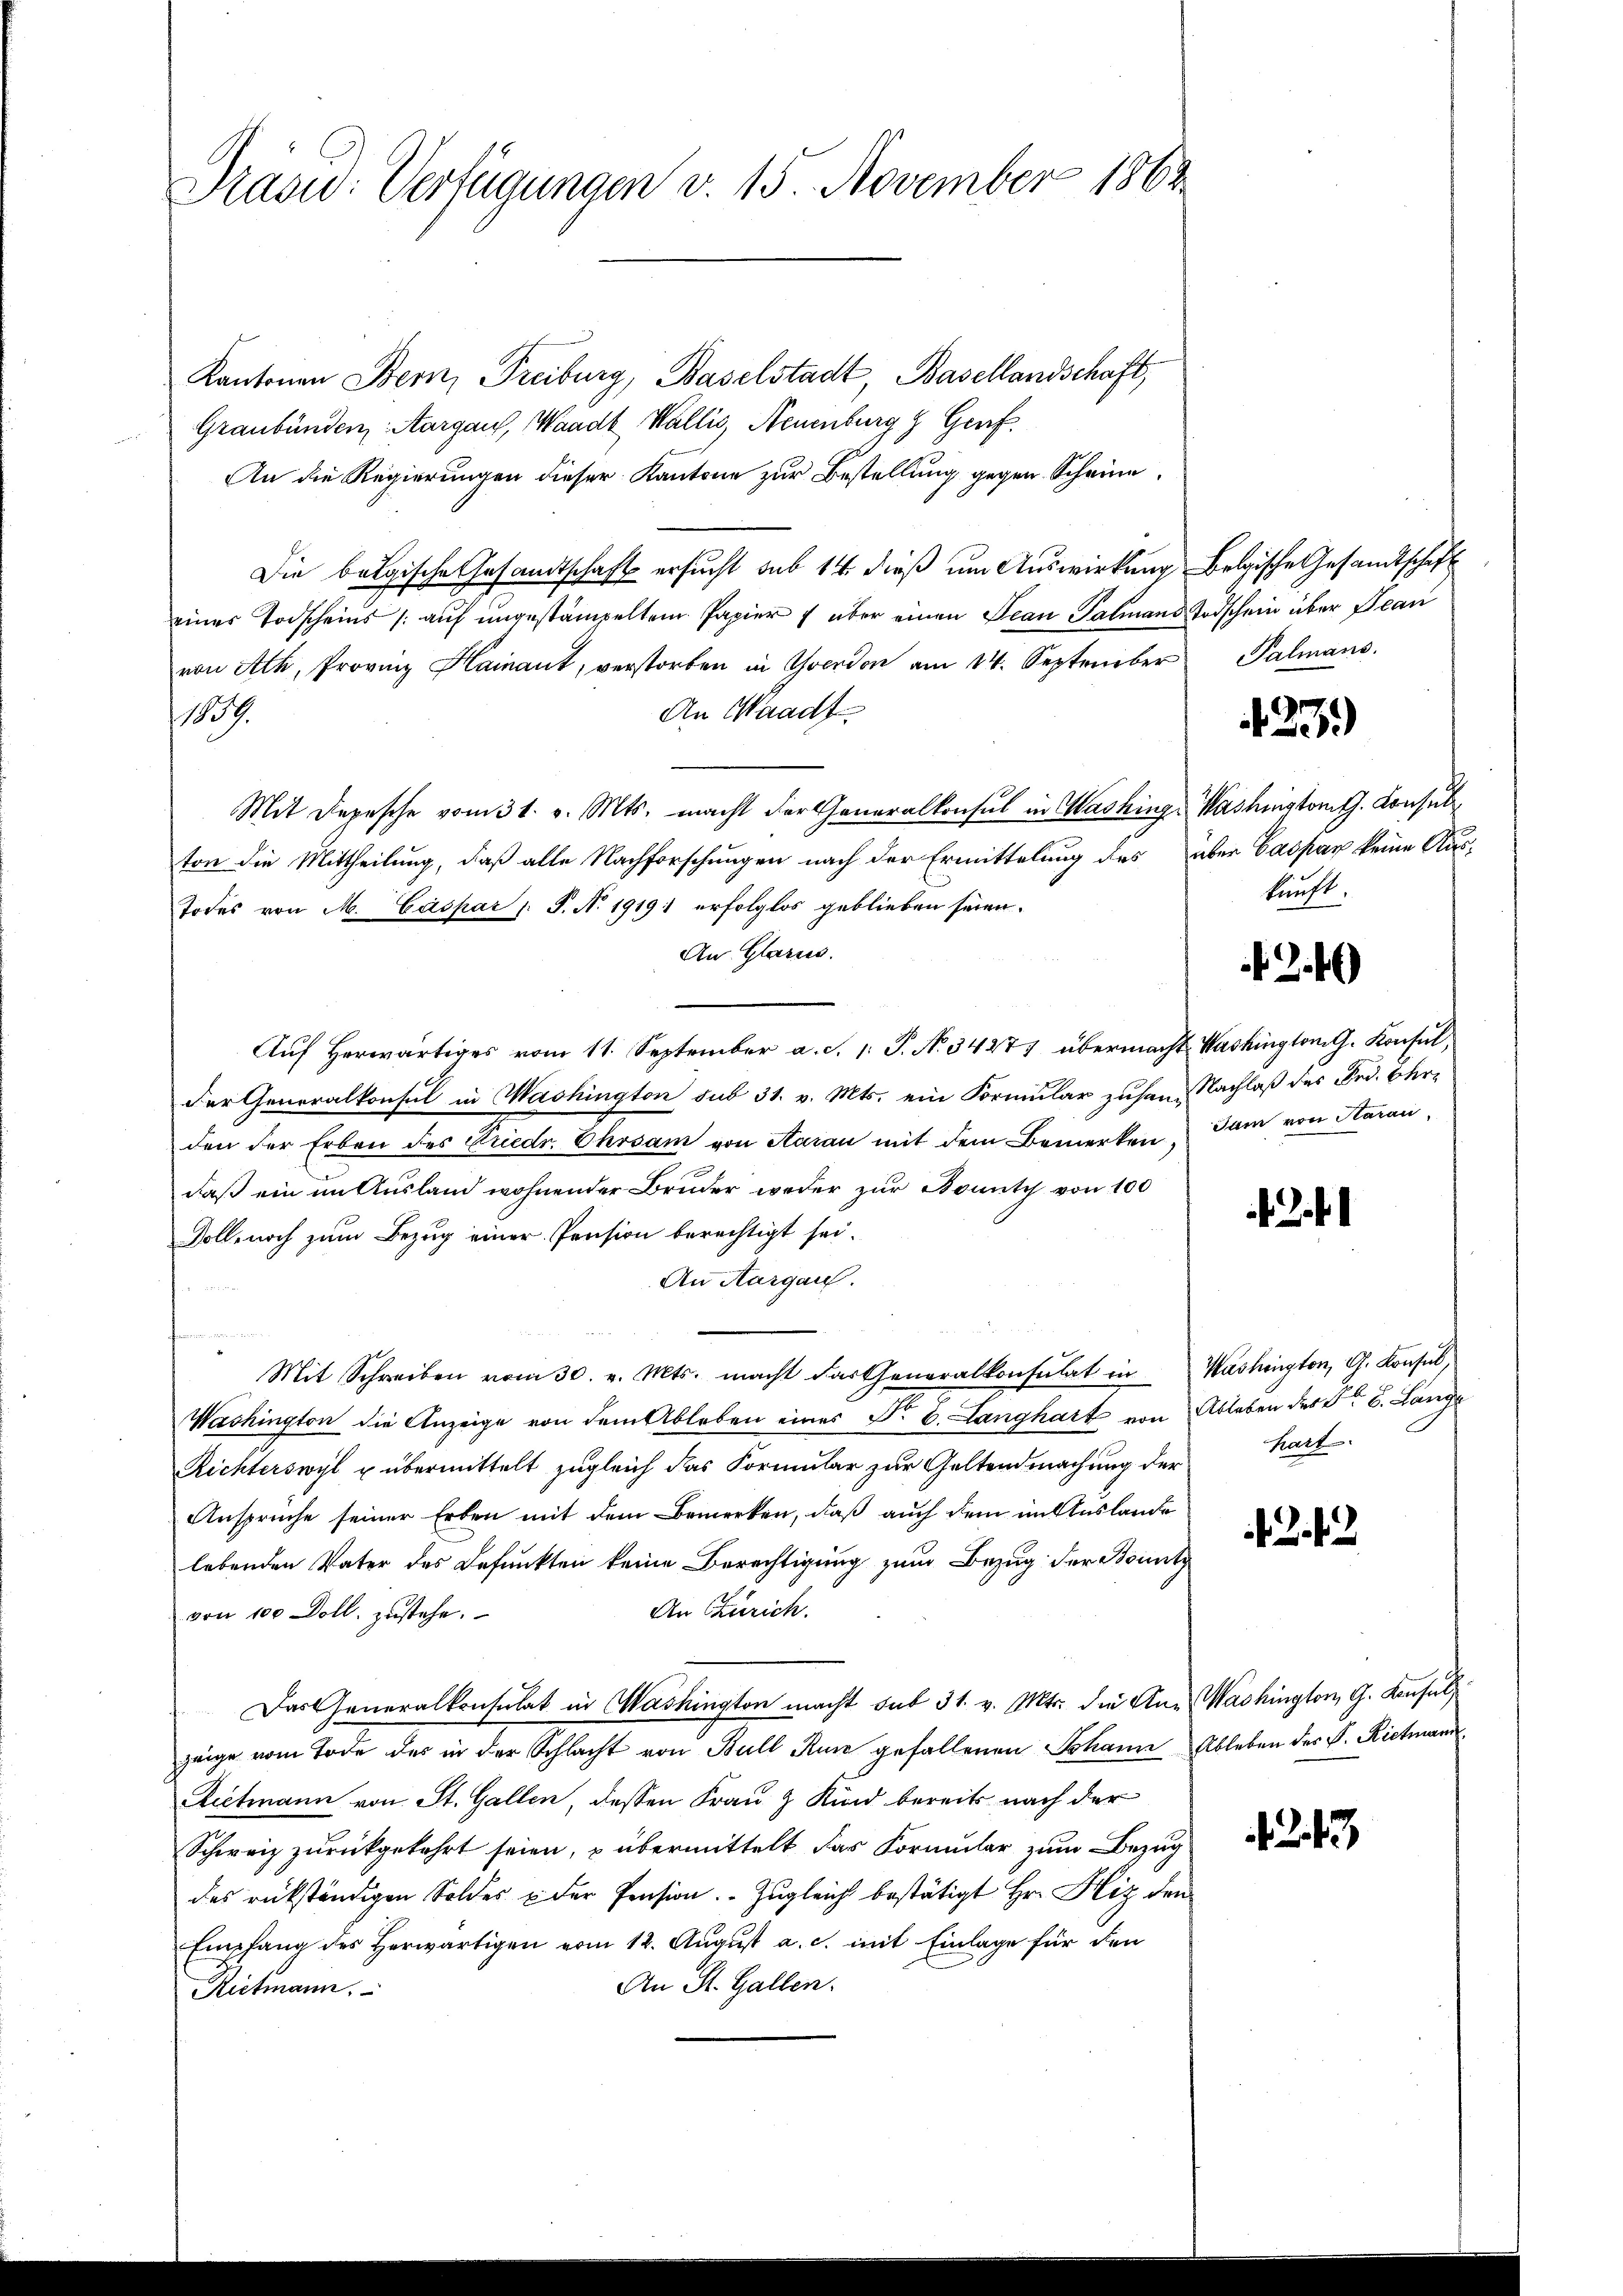
Präsid.: Verfügungen v. 15. November 1862

Kantonen Bern, Freiburg, Baselstadt, Basellandschaft,
Graubünden, Aargau, Waadt, Wallis, Neuenburg z. Genf.
An die Regierungen dieser Kantone zur Bestellung gegen Scheine
Die belgische Gesandtschaft ersucht sub 14 dieß um Auswirkung Belgische Gesandtschaft
eines Todscheins (auf ungestämpelten Papier über einen Jean Palmans Todschein über Jean
von Ach, Provinz Hainant, verstorben in Yverdon am 14. September Palmans
An Waadt
17.
Mit Depesche vom 31. v. Mts. macht der Generalkonsul in Washing, Washington G. Consulton die Mittheilung, daß alle Nachforschungen nach der Ermittelung des über Caspar keine Aus¬
Todes von M. Caspar : P. N. 1919 erfolglos geblieben seien.
An Glarus.
Auf Herwärtiges vom 11. September a. d. 1. P. N. 34277 übermacht. Washington G. Konsul,
der Generalkonsul in Washington sub 31. v. Mts. ein Formular zusamm Nachlaß des Frd. Ohrden der Erben des Friedr. Ehrsam von Saran mit dem Bemerken, dam von Aarau,
daß ein im Ausland wohnender Bruder weder zur Bonisch von 100
Voll noch zum Bezug einer Pension berechtigt sei.
An Aargau.
Mit Schreiben vom 30. v. Mts. macht das Generalkonsulat in Washington, G. Konsul,
Washington die Anzeige von dem Ableben eines P. C. Langhart von Ableben des K. B. Lange
Richterswyl u übermittelt zugleich das Formular zur Geltendmachung der
Anspruche seiner Erben mit dem Bemerken, daß auch dem in Auslande
lebenden Vater des Befunkten keine Berechtigung zum Bezug der Beimitz
An Zürich.
von 100 Doll, zustehe.
Das Generalkonsulat in Washington macht sub 31. v. Mts. die An- Washington, G. Konsuls
zeige vom Tode des in der Schlacht von Bull Rum gefallenen Johann Ableben des P. Rietmann
Reetmann von St. Gallen, dessen Frau & Kind bereits nach der
Schweiz zurückgekehrt seien, u übermittelt das Formular zum Bezug
des rückständigen Soldes u der Pension. Zugleich bestätigt Hr. Hiz den
Empfang des herwärtigen vom 12. Aŭgŭst a. c. mit Einlage für den
An St. Gallen.
Rietmann,

123.)

kunft,

Z.16)

3. f

Kart

22

243